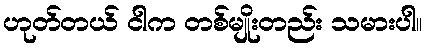
ဟုတ်တယ် ငါက တစ်မျိုးတည်း သမားပါ။